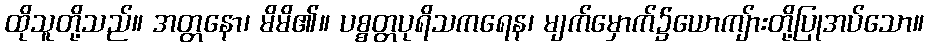
ထိုသူတို့သည်။ အတ္တနော၊ မိမိ၏။ ပစ္စတ္တပုရိသကရေန၊ မျက်မှောက်၌ယောကျ်ားတို့ပြုအပ်သော။